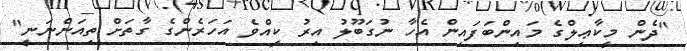
"ދެން މީކާޢިލްގެ މައިންބަފައިން އެހާ ނުގަބޫލު އިރު ކީއްވެ އަހަރެންގެ ގާތަށް ތިއަންނަނީ"